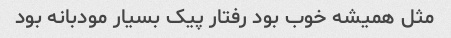
مثل همیشه خوب بود رفتار پیک بسیار مودبانه بود